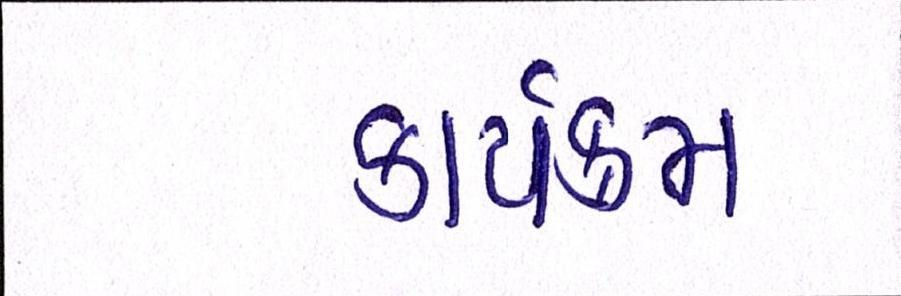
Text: કાર્યક્મ